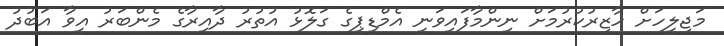
މަޖިލީހަށް ހާޒިރުކުރުމަށް ނިންމާފައިވަނީ އެމްޑީޕީގެ ގަލޮޅު އުތުރު ދާއިރާގެ މެންބަރު އީވާ އަބުދު